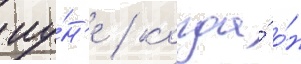
иу́н'е / когда́ о́н